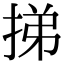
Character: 挮